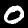
Label: 0